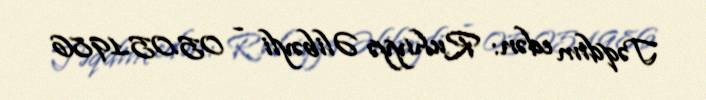
Təqdim edən: Ruhiyyə Əlibəyli - 05.05.1986